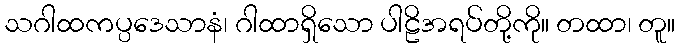
သဂါထကပ္ပဒေသာနံ၊ ဂါထာရှိသော ပါဠိအရပ်တို့ကို။ တထာ၊ တူ။